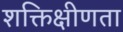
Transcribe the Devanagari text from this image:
शक्तिक्षीणता